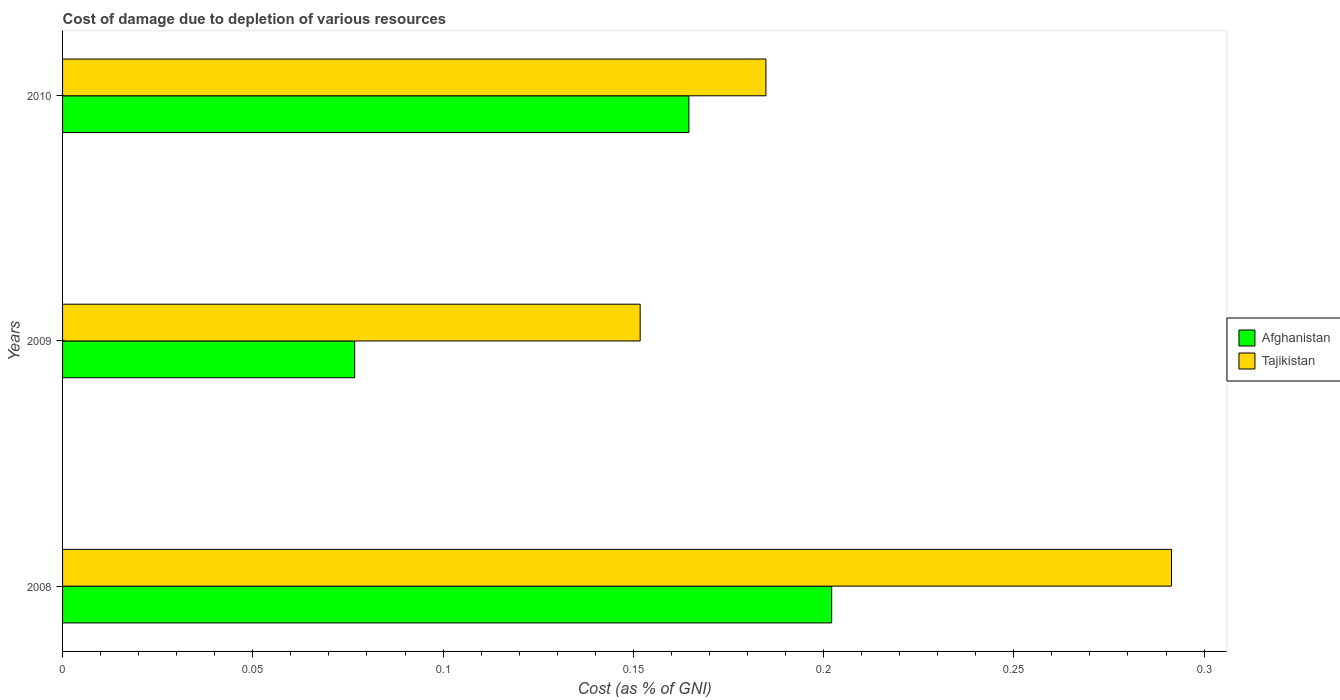
| Years | Afghanistan | Tajikistan |
 | --- | --- | --- |
 | 2008 | 0.202 | 0.291 |
 | 2009 | 0.0768 | 0.152 |
 | 2010 | 0.165 | 0.185 |